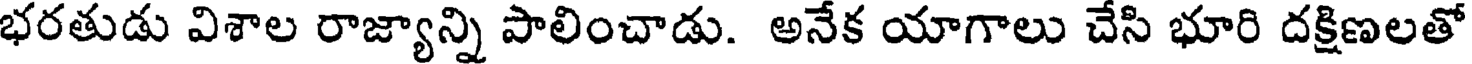
భరతుడు విశాల రాజ్యాన్ని పాలించాడు. అనేక యాగాలు చేసి భూరి దక్షిణలతో